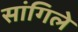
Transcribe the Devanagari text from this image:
सांगिले